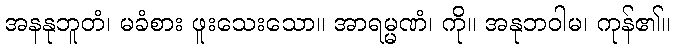
အနနုဘူတံ၊ မခံစား ဖူးသေးသော။ အာရမ္မဏံ၊ ကို။ အနုဘဝါမ၊ ကုန်၏။